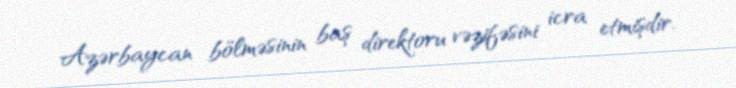
Azərbaycan bölməsinin baş direktoru vəzifəsini icra etmişdir.